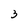
Character: 3